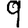
Digit: 9